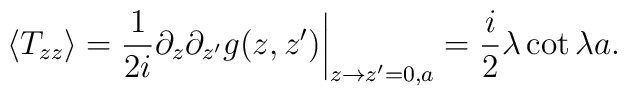
\langle T_{zz}\rangle={1\over2i}\partial_z\partial_{z'}g(z,z')\bigg|_{z\to z'=0,a}={i\over2}\lambda\cot\lambda a.